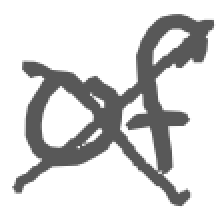
Text: of
Cross-out: cross
Writing tool: digital_gray